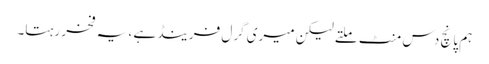
ہم پانچ دس منٹ ملتے لیکن میری گرل فرینڈ ہے ، یہ فخر رہتا۔